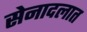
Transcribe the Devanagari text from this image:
सेनादलात